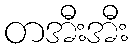
တအီးအီး